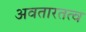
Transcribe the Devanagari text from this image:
अवतारतत्व